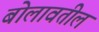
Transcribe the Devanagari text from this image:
बोलावतील